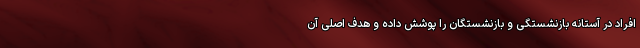
افراد در آستانه بازنشستگی و بازنشستگان را پوشش داده و هدف اصلی آن